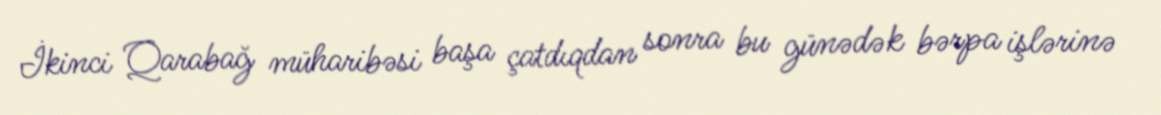
İkinci Qarabağ müharibəsi başa çatdıqdan sonra bu günədək bərpa işlərinə